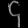
Digit: ၄